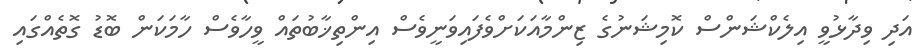
އަދި ވިދާޅުވީ އިލެކްޝަންސް ކޮމިޝަނުގެ ޒިންމާއަކަށްވެފައިވަނީވެސް އިންތިޚާބުތައް ވީހާވެސް ހާމަކަން ބޮޑު ގޮތެއްގައި